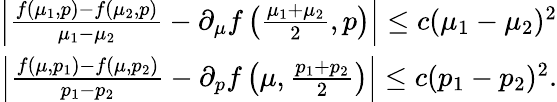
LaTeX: \begin{array}{r}{\left\vert\frac{f(\mu_{1},p)-f(\mu_{2},p)}{\mu_{1}-\mu_{2}}-\partial_{\mu}f\left(\frac{\mu_{1}+\mu_{2}}{2},p\right)\right\vert\leq c(\mu_{1}-\mu_{2})^{2}}\\ {\left\vert\frac{f(\mu,p_{1})-f(\mu,p_{2})}{p_{1}-p_{2}}-\partial_{p}f\left(\mu,\frac{p_{1}+p_{2}}{2}\right)\right\vert\leq c(p_{1}-p_{2})^{2}.}\end{array}